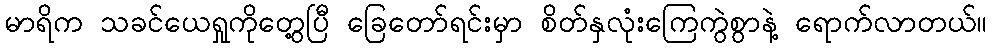
မာရိက သခင်ယေရှုကိုတွေ့ပြီ ခြေတော်ရင်းမှာ စိတ်နှလုံးကြေကွဲစွာနဲ့ ရောက်လာတယ်။